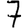
Digit: 7